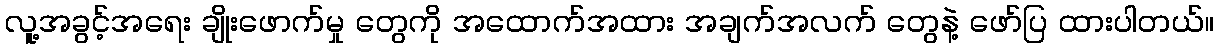
လူ့အခွင့်အရေး ချိုးဖောက်မှု တွေကို အထောက်အထား အချက်အလက် တွေနဲ့ ဖော်ပြ ထားပါတယ်။